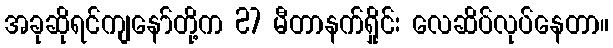
အခုဆိုရင်ကျနော်တို့က 27 မီတာနက်ရှိုင်း လေဆိပ်လုပ်နေတာ။